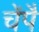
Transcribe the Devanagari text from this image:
चेंपै